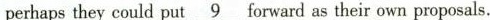
perhaps they could put\underline{9}forward as their own proposals.